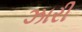
ઝારી